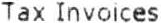
TAX INVOICES